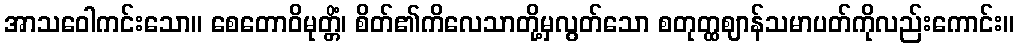
အာသဝေါကင်းသော။ စေတောဝိမုတ္တိံ၊ စိတ်၏ကိလေသာတို့မှလွတ်သော စတုတ္ထဈာန်သမာပတ်ကိုလည်းကောင်း။